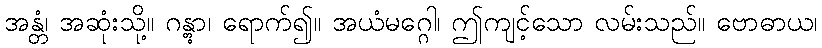
အန္တံ၊ အဆုံးသို့။ ဂန္တွာ၊ ရောက်၍။ အယံမဂ္ဂေါ၊ ဤကျင့်သော လမ်းသည်။ ဗောဓာယ၊